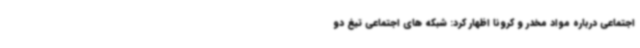
اجتماعی درباره مواد مخدر و کرونا اظهار کرد: شبکه های اجتماعی تیغ دو